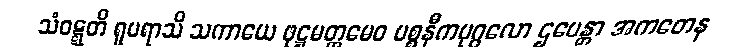
သံဝဋ္ဋတိ ရူပရာသိ သကာယေ ဖုဋ္ဌမတ္တမေဝ ပစ္စနီကပုဂ္ဂလော ဌပေန္တာ အကတေန